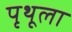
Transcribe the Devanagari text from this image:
पृथूला